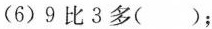
(6)9比3多（）；